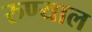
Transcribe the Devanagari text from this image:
रुण्याल